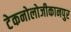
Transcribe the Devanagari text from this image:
टेकनोलोजीकानपुर